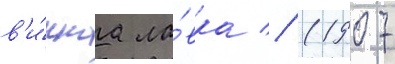
в'и́ннаа ла́вка // (1907